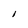
Character: I